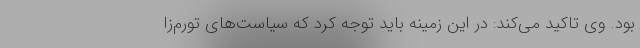
بود. وی تاکید می‌کند: در این زمینه باید توجه کرد که سیاست‌های تورم‌زا